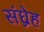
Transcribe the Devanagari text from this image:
संघ्रेह